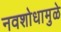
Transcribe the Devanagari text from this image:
नवशोधामुळे